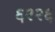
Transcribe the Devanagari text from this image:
६२२६